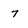
Character: 7